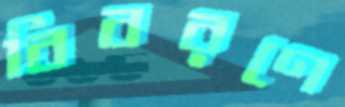
বিবরণে